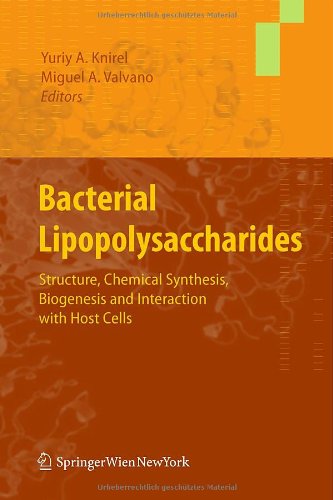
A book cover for Bacterial Lipopolysaccharides: Structure, Chemical Synthesis, Biogenesis and Interaction with Host Cells; Science & Math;